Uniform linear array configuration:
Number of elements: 16
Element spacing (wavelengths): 0.25
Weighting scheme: kaiser
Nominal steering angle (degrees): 45
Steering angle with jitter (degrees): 46.679
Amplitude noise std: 0.05
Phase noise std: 0.05

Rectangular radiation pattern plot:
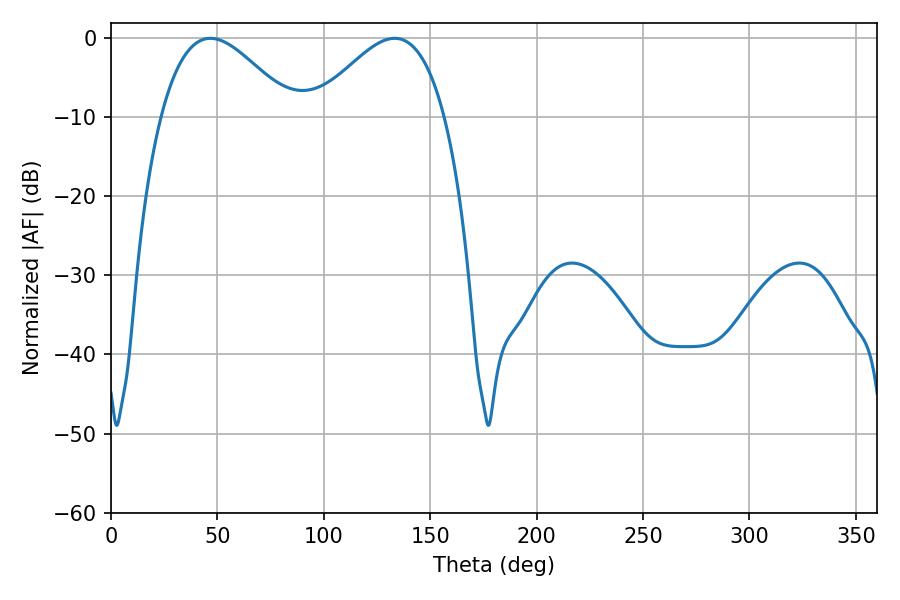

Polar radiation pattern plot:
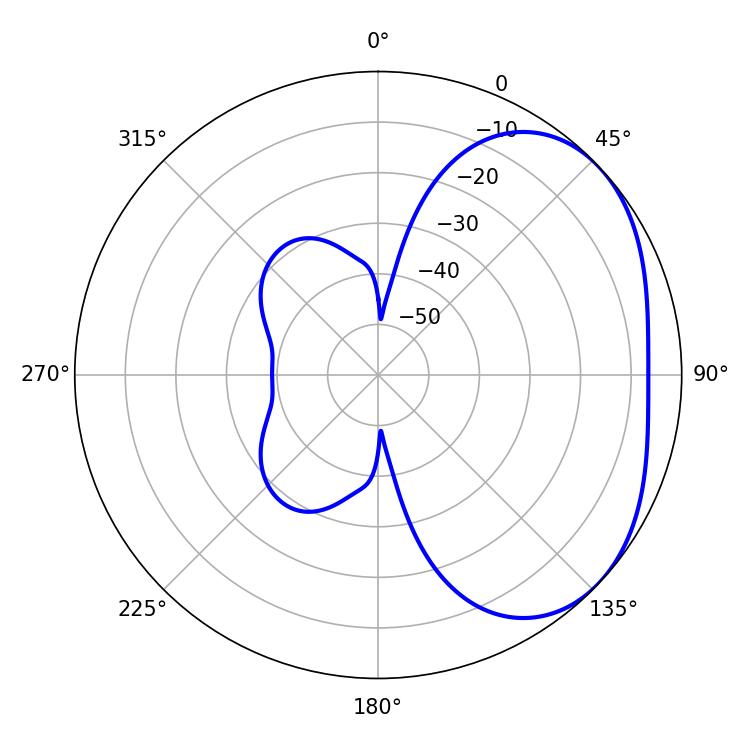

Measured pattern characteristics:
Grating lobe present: FALSE
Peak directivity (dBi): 3.063
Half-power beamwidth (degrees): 33.12
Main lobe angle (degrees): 46.62